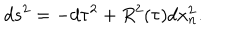
d s ^ { 2 } = - d \tau ^ { 2 } + R ^ { 2 } ( \tau ) d x _ { n } ^ { 2 } .